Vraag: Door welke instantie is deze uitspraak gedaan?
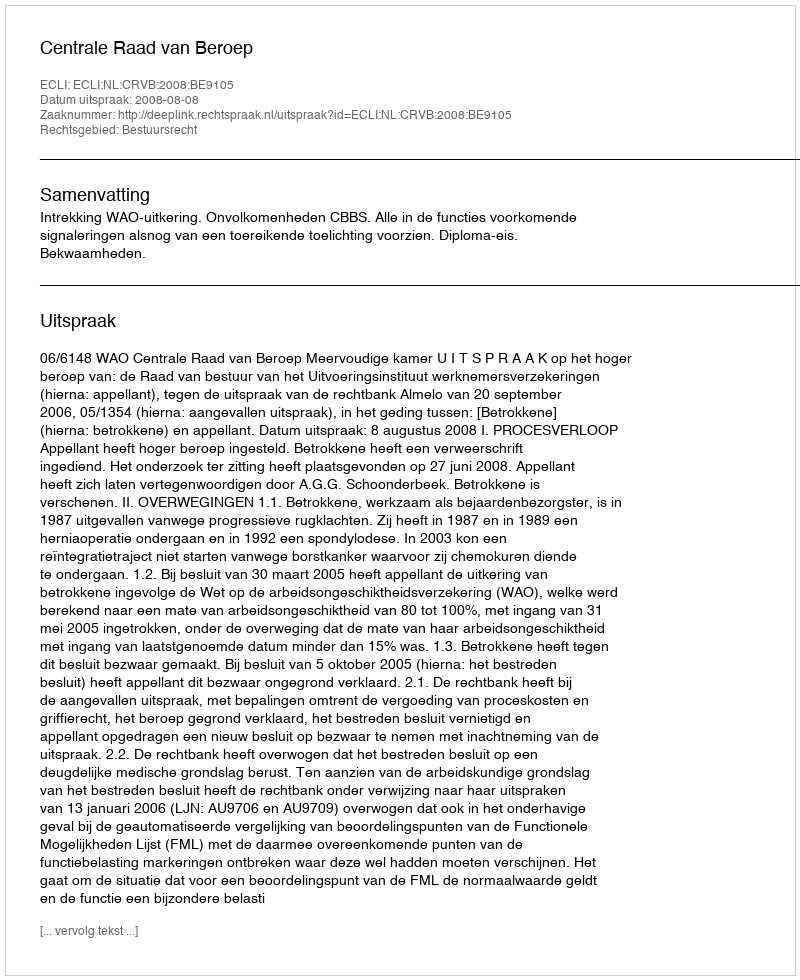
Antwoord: Centrale Raad van Beroep